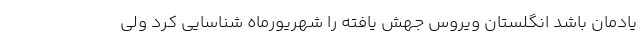
یادمان باشد انگلستان ویروس جهش یافته را شهریورماه شناسایی کرد ولی